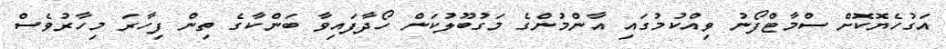
އަގުހެޔޮކޮށް ސްމާޓްފޯނު ވިއްކުމުގައި އާންމުންގެ މަގުބޫލުކަން ހޯދާފައިވާ ބަންކާގެ ތިން ފިހާރަ މިހާރުވެސް